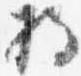
将